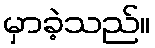
မှာခဲ့သည်။